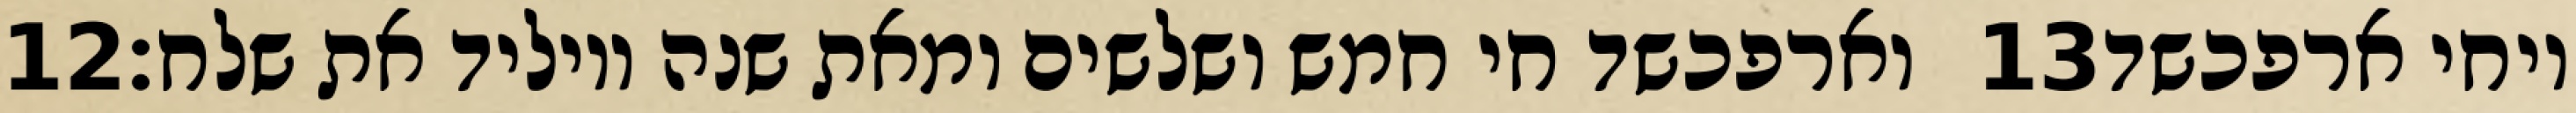
‎12‏ וארפכשד חי חמש ושלשים ומאת שנה ויוליד את שלח׃ ‎13‏ ויחי ארפכשד